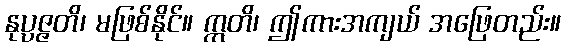
နုပ္ပဇ္ဇတိ၊ မဖြစ်နိုင်။ ဣတိ၊ ဤကားအကျယ် အဖြေတည်း။